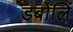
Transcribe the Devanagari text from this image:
डबोलिं